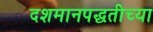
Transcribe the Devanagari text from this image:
दशमानपद्धतीच्या